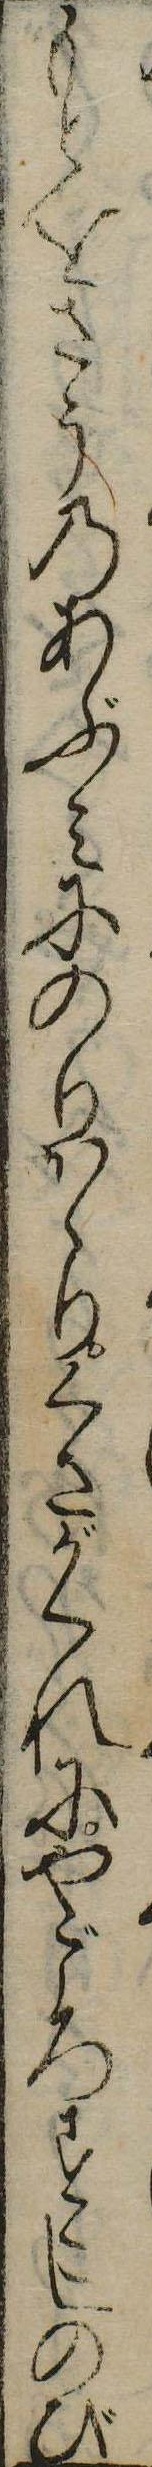
もとをさうのあぶみにのりかゝりくさがくれにやごろすこしのび